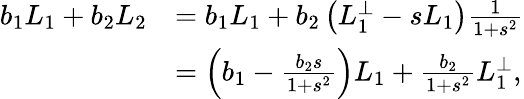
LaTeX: \begin{array}{rl}{b_{1}L_{1}+b_{2}L_{2}}&{=b_{1}L_{1}+b_{2}\left(L_{1}^{\perp}-sL_{1}\right)\frac{1}{1+s^{2}}}\\ &{=\left(b_{1}-\frac{b_{2}s}{1+s^{2}}\right)L_{1}+\frac{b_{2}}{1+s^{2}}L_{1}^{\perp},}\end{array}